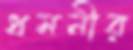
ধমনীর